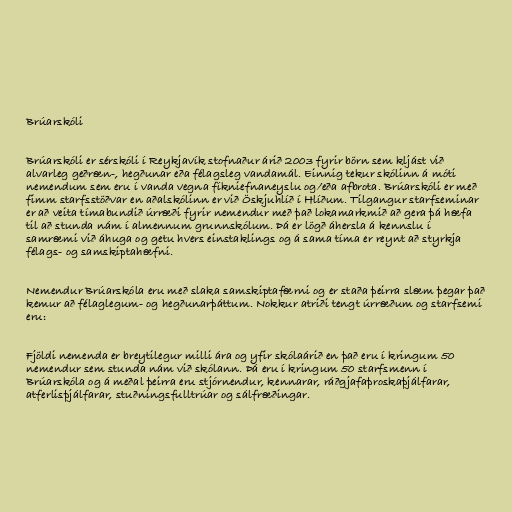
Brúarskóli

Brúarskóli er sérskóli í Reykjavík stofnaður árið 2003 fyrir börn sem kljást við
alvarleg geðræn-, hegðunar eða félagsleg vandamál. Einnig tekur skólinn á móti
nemendum sem eru í vanda vegna fíkniefnaneyslu og/eða afbrota. Brúarskóli er með
fimm starfsstöðvar en aðalskólinn er við Öskjuhlíð í Hlíðum. Tilgangur starfseminar
er að veita tímabundið úrræði fyrir nemendur með það lokamarkmið að gera þá hæfa
til að stunda nám í almennum grunnskólum. Þá er lögð áhersla á kennslu í
samræmi við áhuga og getu hvers einstaklings og á sama tíma er reynt að styrkja
félags- og samskiptahæfni.

Nemendur Brúarskóla eru með slaka samskiptafærni og er staða þeirra slæm þegar það
kemur að félaglegum- og hegðunarþáttum. Nokkur atriði tengt úrræðum og starfsemi
eru:

Fjöldi nemenda er breytilegur milli ára og yfir skólaárið en það eru í kringum 50
nemendur sem stunda nám við skólann. Þá eru í kringum 50 starfsmenn í
Brúarskóla og á meðal þeirra eru stjórnendur, kennarar, ráðgjafaþroskaþjálfarar,
atferlisþjálfarar, stuðningsfulltrúar og sálfræðingar.